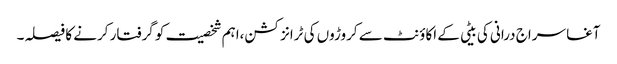
آغا سراج درانی کی بیٹی کے اکاؤنٹ سے کروڑوں کی ٹرانزکشن،اہم شخصیت کو گرفتار کرنے کا فیصلہ۔